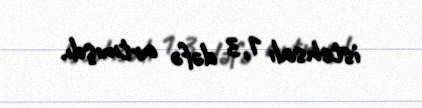
istehsalı 1,3 dəfə artmışdı.